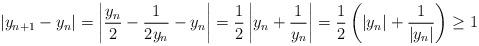
LaTeX: \begin{align*}|y_{n+1}-y_n| = \left|\frac{y_n}{2}-\frac{1}{2y_n}-y_n\right|= \frac{1}{2}\left| y_n + \frac{1}{y_n}\right|= \frac{1}{2}\left( |y_n| + \frac{1}{|y_n|}\right) \geq 1\end{align*}